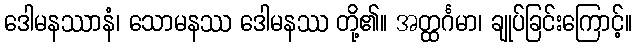
ဒေါမနဿာနံ၊ သောမနဿ ဒေါမနဿ တို့၏။ အတ္ထင်္ဂမာ၊ ချုပ်ခြင်းကြောင့်။